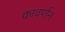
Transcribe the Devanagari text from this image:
कावर्णन